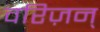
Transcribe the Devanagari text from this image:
वरिज़न्